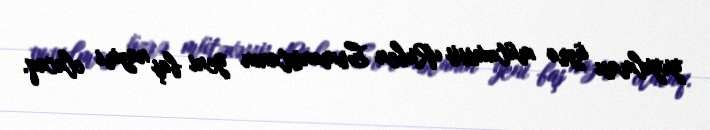
yuyulması üzrə mütəxəssis Ruben Ermənistanın yeni baş naziri olacaq.